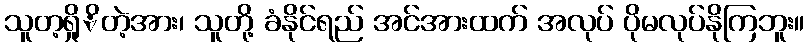
သူတ့ရှိုိတဲ့အား၊ သူတို့ ခံနိုင်ရည် အင်အားထက် အလုပ် ပိုမလုပ်နိုကြဘူး။